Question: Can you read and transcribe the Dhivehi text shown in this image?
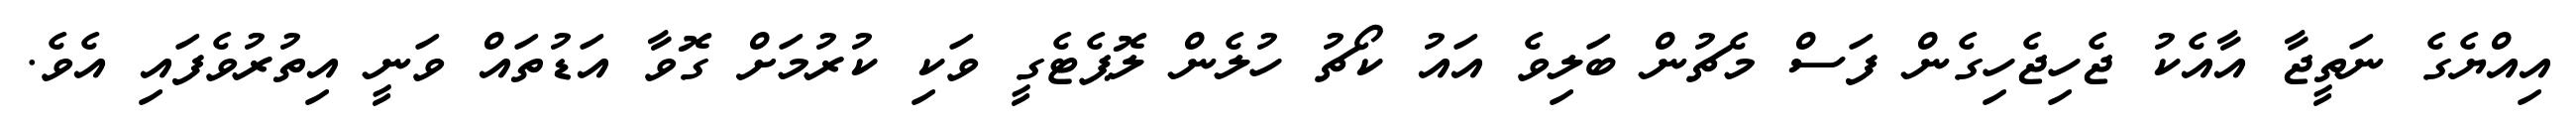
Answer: އިއްޔެގެ ނަތީޖާ އާއެކު ޖެހިޖެހިގެން ފަސް މެޗުން ބަލިވެ އައު ކޯޗު ހުލެން ލޮޕެޓެގީ ވަކި ކުރުމަށް ގޮވާ އަޑުތައް ވަނީ އިތުރުވެފައި އެވެ.